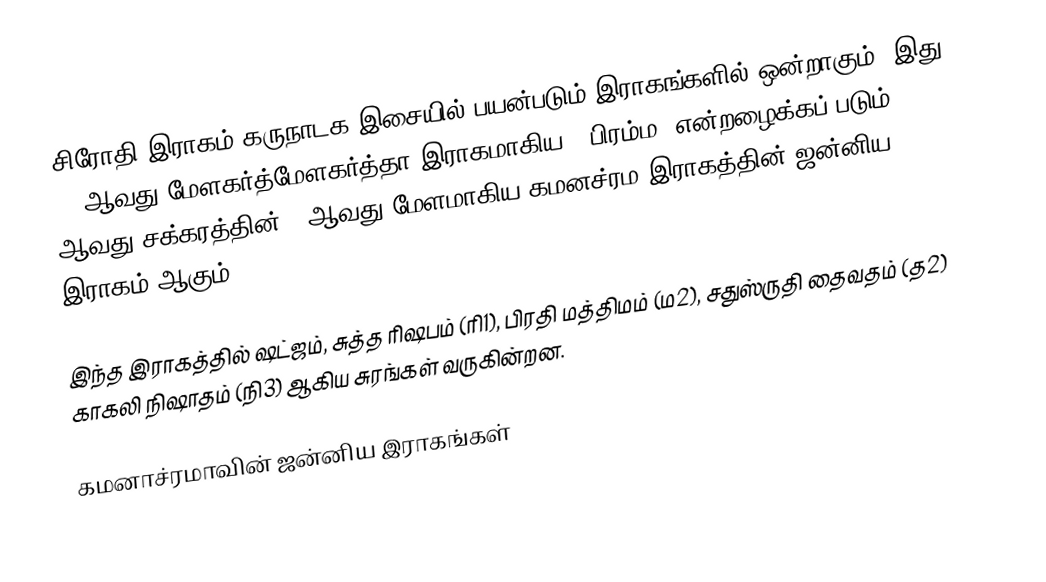
சிரோதி இராகம் கருநாடக இசையில் பயன்படும் இராகங்களில் ஒன்றாகும். இது 53 ஆவது மேளகர்த்மேளகர்த்தா இராகமாகிய, "பிரம்ம" என்றழைக்கப் படும் 9 ஆவது சக்கரத்தின் 5 ஆவது மேளமாகிய கமனச்ரம இராகத்தின் ஜன்னிய இராகம் ஆகும்.

இந்த இராகத்தில் ஷட்ஜம், சுத்த ரிஷபம் (ரி1),  பிரதி மத்திமம் (ம2),   சதுஸ்ருதி தைவதம் (த2) காகலி நிஷாதம்  (நி3) ஆகிய சுரங்கள் வருகின்றன.

கமனாச்ரமாவின் ஜன்னிய இராகங்கள்